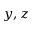
y , z